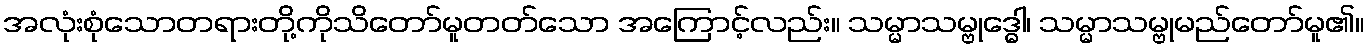
အလုံးစုံသောတရားတို့ကိုသိတော်မူတတ်သော အကြောင့်လည်း။ သမ္မာသမ္ဗုဒ္ဓေါ၊ သမ္မာသမ္ဗုမည်တော်မူ၏။